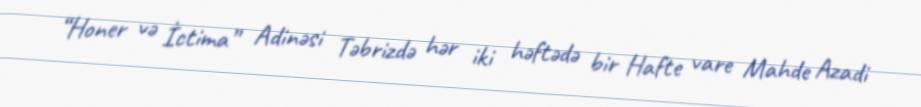
“Honer və İctima” Adinəsi Təbrizdə hər iki həftədə bir Hafte vare Mahde Azadi